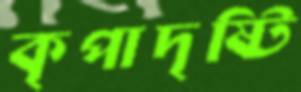
কৃপাদৃষ্টি